Indian journal of veterinary science and animal husbandry - Volume 8,
Year: 1938
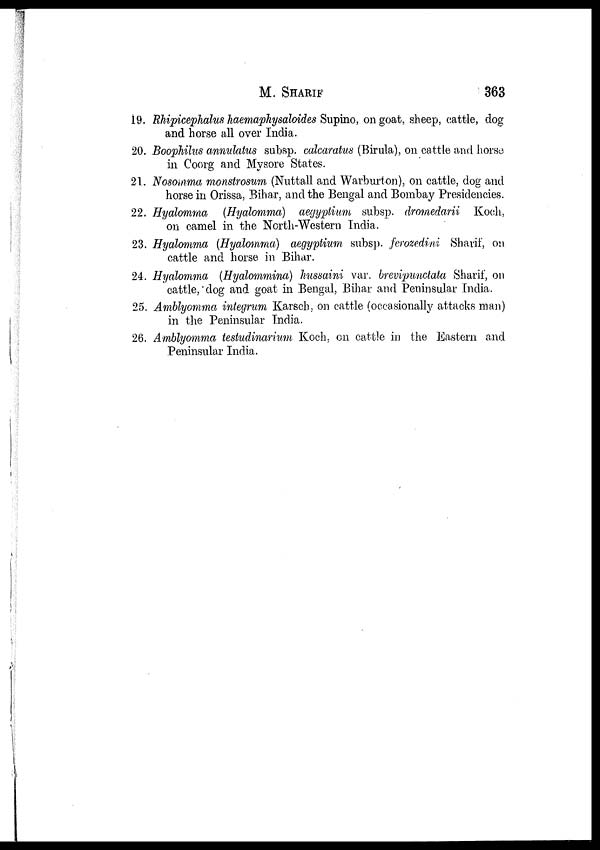
M.
SHARIF
363
19. Rhipicephalus haemaphysaloides Supino, on goat, sheep, cattle, dog
and horse all over India.
20. Boophilus annulatus subsp. calcaratus (Birula), on cattle and horse
in Coorg and Mysore States.
21. Nosomma monstrosum (Nuttall and Warburton), on cattle, dog and
horse in Orissa, Bihar, and the Bengal and Bombay Presidencies.
22. Hyalomma (Hyalomma) aegyptium subsp. dromedarii Koch,
on camel in the North-Western India.
23. Hyalomma (Hyalomma) aegyptium subsp. ferozedini Sharif, on
cattle and horse in Bihar.
24. Hyalomma (Hyalommina) hussaini var. brevipunctata Sharif, on
cattle, dog and goat in Bengal, Bihar and Peninsular India.
25. Amblyomma integrum Karsch, on cattle (occasionally attacks man)
in the Peninsular India.
26. Amblyomma testudinarium Koch, on cattle in the Eastern and
Peninsular India.